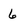
Character: 6